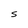
Character: S